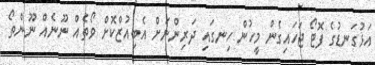
އަޅުގަނޑުގެ ފޮޓޯ ޖަހައިގެން މީހުން ހިނގައި ދަރިންނަށް އެބިއުޒްކޮށް ވޯތެއް ނޫނެއް ނޫންތޯ